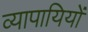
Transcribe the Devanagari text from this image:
व्यापायियों